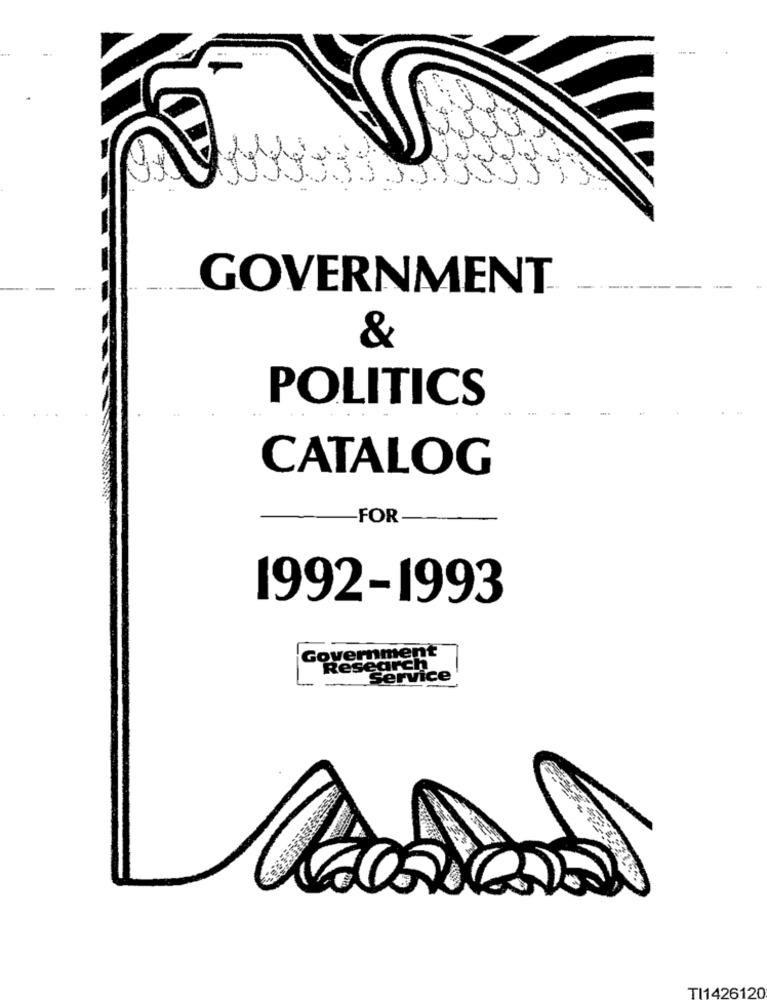
GOVERNMENT
-
&
POLITICS
CATALOG
FOR
1992-1993
Government
Research
Service
TI1426120